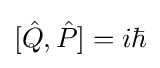
[{\hat {Q}},{\hat {P}}]=i\hbar